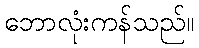
ဘောလုံးကန်သည်။